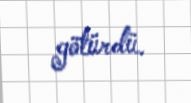
götürdü.